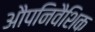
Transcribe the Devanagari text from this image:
औपनिवैशिक